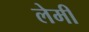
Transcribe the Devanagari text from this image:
लेमी